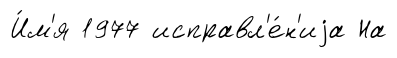
И́м'я 1977 исправл'е́н'иjа На